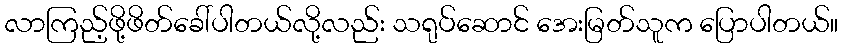
လာကြည့်ဖို့ဖိတ်ခေါ်ပါတယ်လို့လည်း သရုပ်ဆောင် အေးမြတ်သူက ပြောပါတယ်။